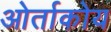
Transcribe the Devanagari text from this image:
ओर्ताकोय